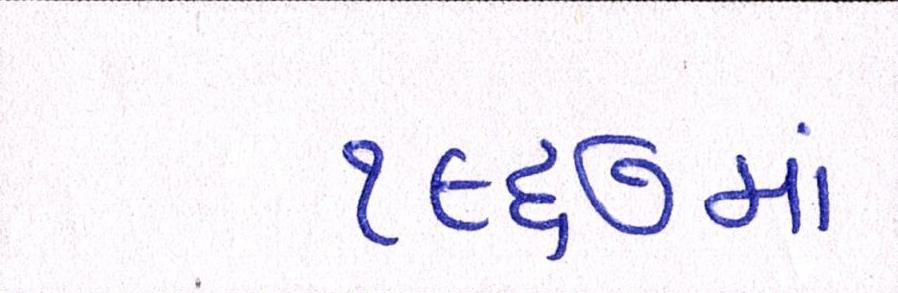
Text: ૧૯૬૭માં